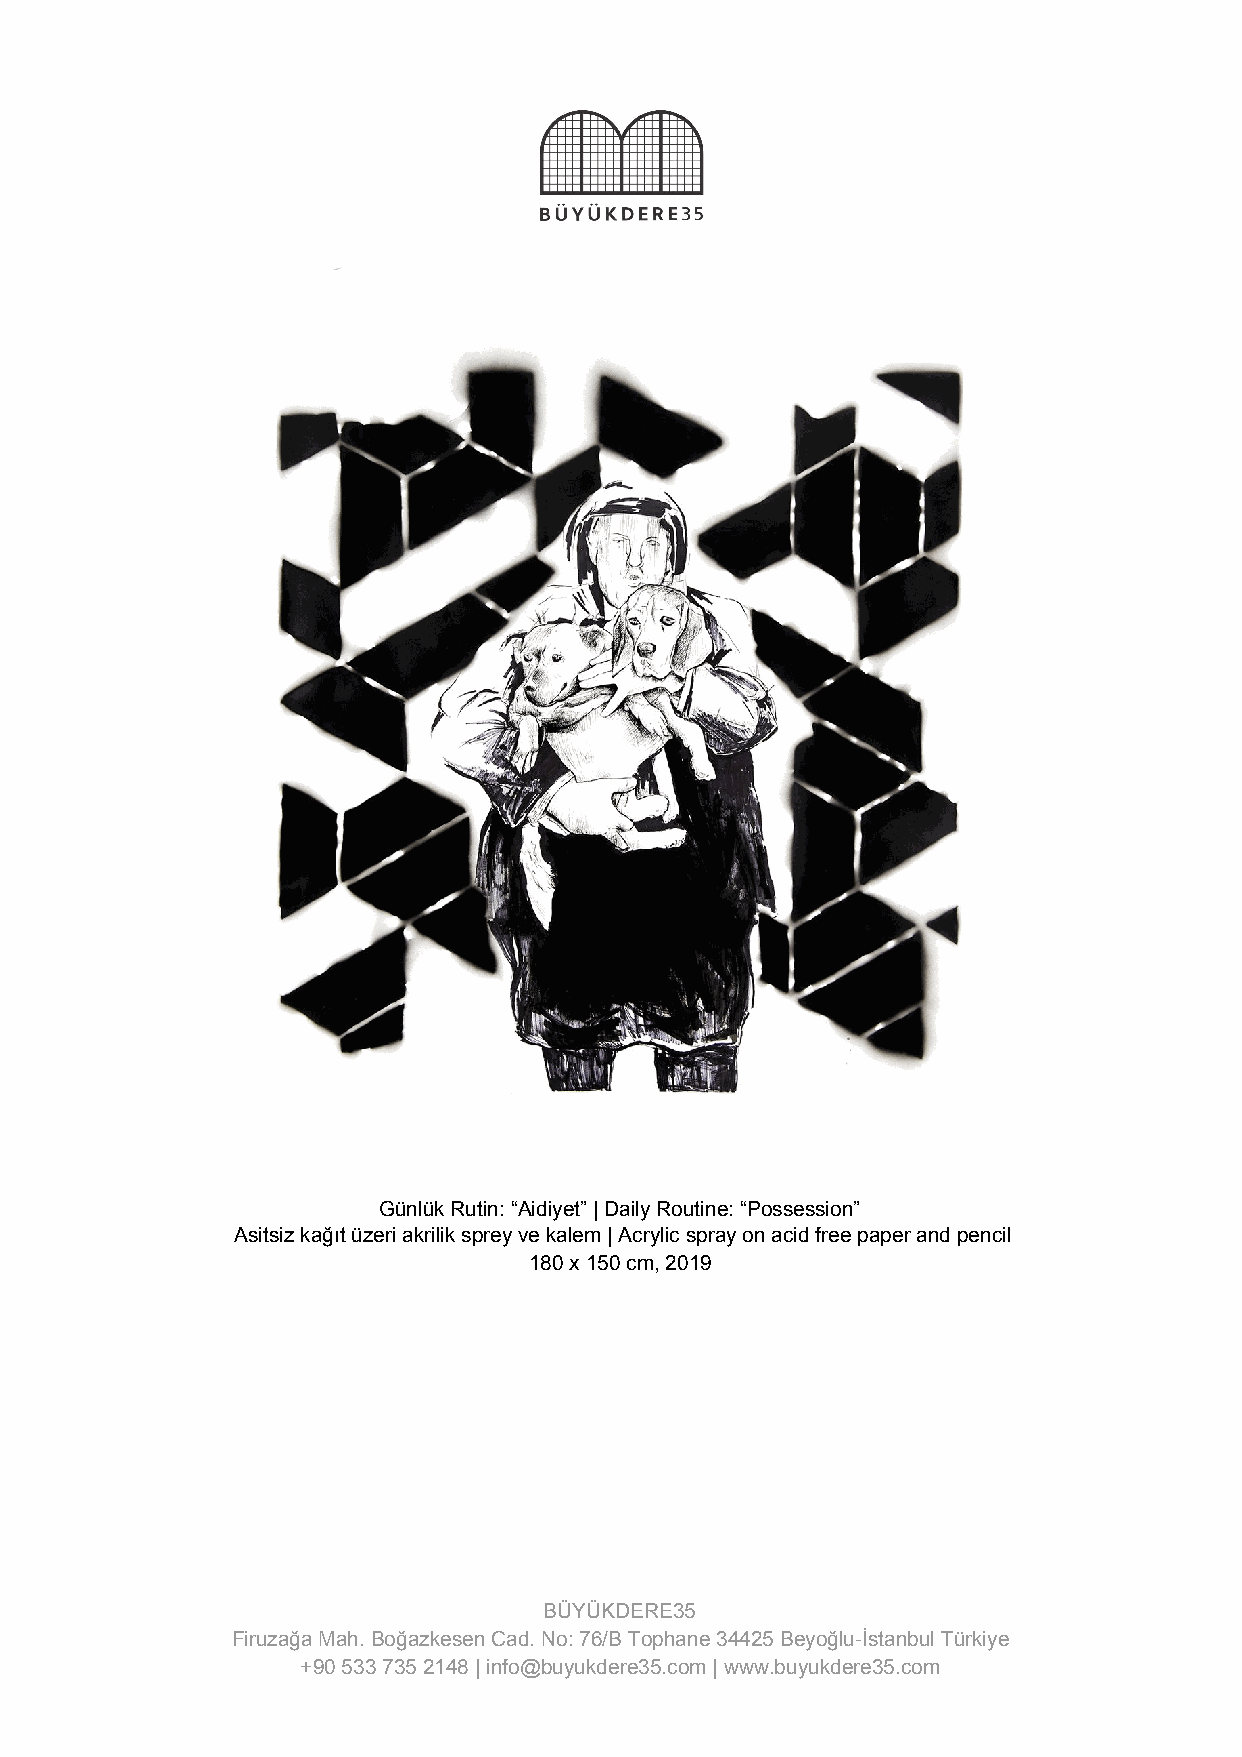
Günlük Rutin: “Aidiyet” | Daily Routine: “Possession”
 Asitsiz kağıt üzeri akrilik sprey ve kalem | Acrylic spray on acid free paper and pencil
 180 x 150 cm, 2019
 BÜYÜKDERE35
 Firuzağa Mah. Boğazkesen Cad. No: 76/B Tophane 34425 Beyoğlu-İstanbul Türkiye
 +90 533 735 2148 | info@buyukdere35.com | www.buyukdere35.com